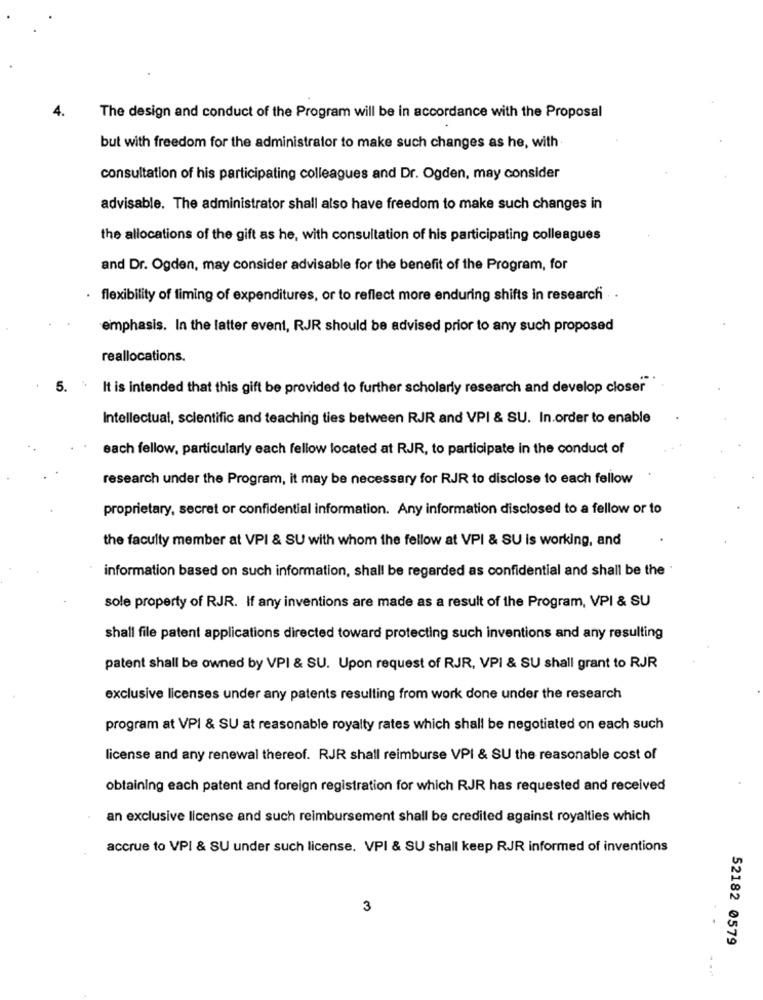
4.
The design and conduct of the Program will be in accordance with the Proposal
but with freedom for the administrator to make such changes as he, with
consultation of his participating colleagues and Dr. Ogden, may consider
advisable. The administrator shall also have freedom to make such changes in
the allocations of the gift as he, with consultation of his participating colleagues
and Dr. Ogden, may consider advisable for the benefit of the Program, for
flexibility of timing of expenditures, or to reflect more enduring shifts in research .
emphasis. In the latter event, RJR should be advised prior to any such proposed
reallocations.
5.
It is intended that this gift be provided to further scholarly research and develop closer
Intellectual, scientific and teaching ties between RJR and VPI & SU. In.order to enable
each fellow, particularly each fellow located at RJR, to participate in the conduct of
research under the Program, it may be necessary for RJR to disclose to each fellow
proprietary, secret or confidential information. Any information disclosed to a fellow or to
the faculty member at VPI & SU with whom the fellow at VPI & SU is working, and
information based on such information, shall be regarded as confidential and shall be the
sole property of RJR. If any inventions are made as a result of the Program, VPI & SU
shall file patent applications directed toward protecting such inventions and any resulting
patent shall be owned by VPI & SU. Upon request of RJR, VPI & SU shall grant to RJR
exclusive licenses under any patents resulting from work done under the research
program at VPI & SU at reasonable royalty rates which shall be negotiated on each such
license and any renewal thereof. RJR shall reimburse VPI & SU the reasonable cost of
obtaining each patent and foreign registration for which RJR has requested and received
an exclusive license and such reimbursement shall be credited against royalties which
accrue to VPI & SU under such license. VPI & SU shall keep RJR informed of inventions
3
52182 0579